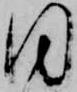
同